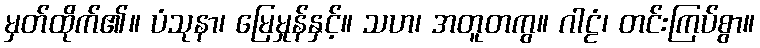
မှတ်ထိုက်၏။ ပံသုနာ၊ မြေမှုန်နှင့်။ သဟ၊ အတူတကွ။ ဂါဠံ၊ တင်းကြပ်စွာ။